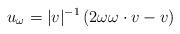
LaTeX: \begin{align*}u_\omega = |v|^{-1} \left( 2 \omega \omega \cdot v - v\right)\end{align*}